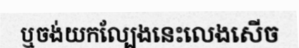
ឬចង់យកល្បែងនេះលេងសើច